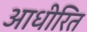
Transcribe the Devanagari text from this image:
आधीरित